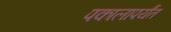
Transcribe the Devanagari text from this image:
पकालापर्यंत